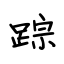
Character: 踪